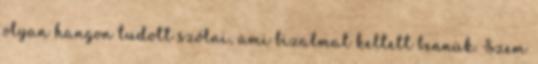
olyan hangon tudott szólni, ami bizalmat keltett bennük. Szem